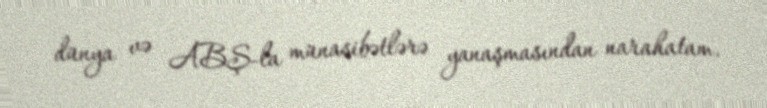
dünya və ABŞ-la münasibətlərə yanaşmasından narahatam.